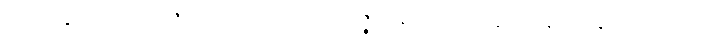
ပုဒ်တို့နှင့်။ ယောဇေတွာ၊ ၍။ သဋ္ဌိဝိဿဇ္ဇနာနိ၊ တို့ကို။ နိဒ္ဒိဋ္ဌာနိ၊ ကုန်၏။ တတ္ထ၊